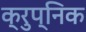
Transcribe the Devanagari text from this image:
क्रुप्निक